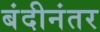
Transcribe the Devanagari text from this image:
बंदीनंतर